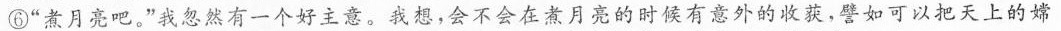
⑥”煮月亮吧。”我忽然有一个好主意。我想，会不会在煮月亮的时候有意外的收获，譬如可以把天上的嫦